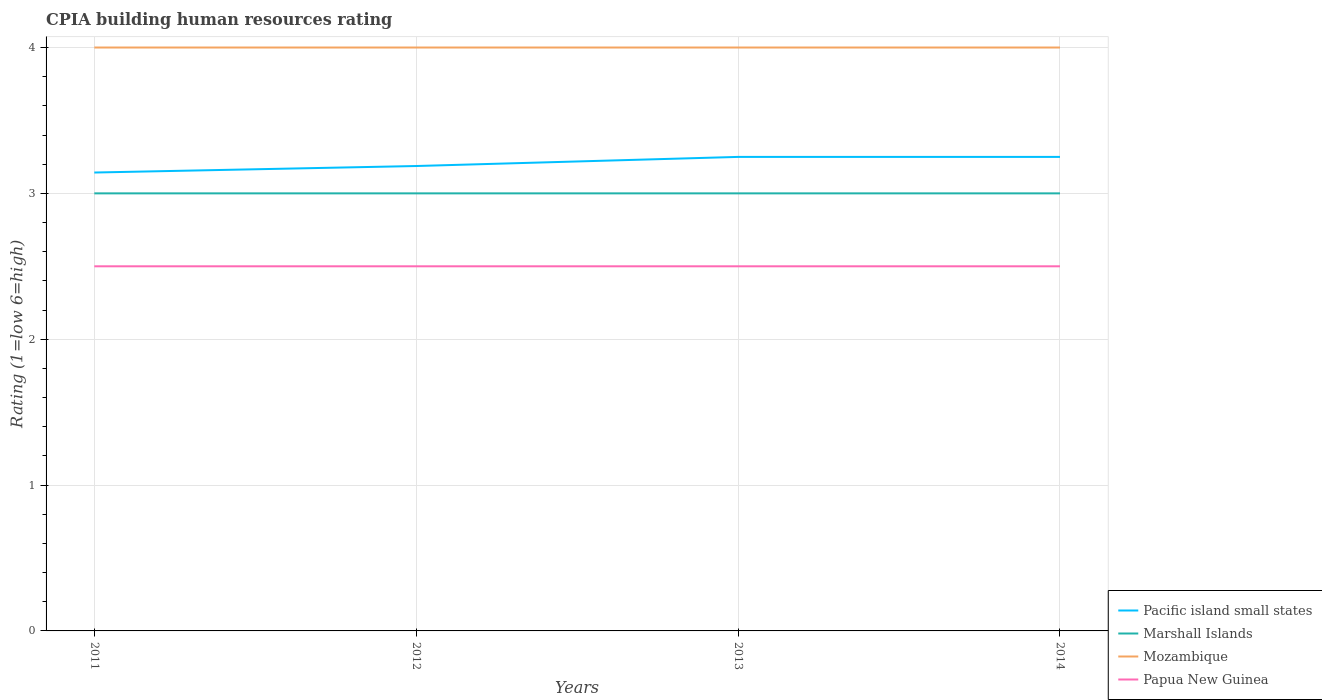
| Years | Pacific island small states | Marshall Islands | Mozambique | Papua New Guinea |
 | --- | --- | --- | --- | --- |
 | 2011 | 3.14 | 3 | 4 | 2.5 |
 | 2012 | 3.19 | 3 | 4 | 2.5 |
 | 2013 | 3.25 | 3 | 4 | 2.5 |
 | 2014 | 3.25 | 3 | 4 | 2.5 |